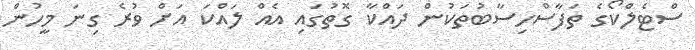
ސްޓެލްކޯގެ ތަފާސްހިސާބުތަކުން ދައްކާ ގޮތުގައި އެއް ލައްކަ އަށް ވުރެ ގިނަ މީހުން